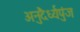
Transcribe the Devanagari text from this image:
अनुदैर्ध्यपुंज